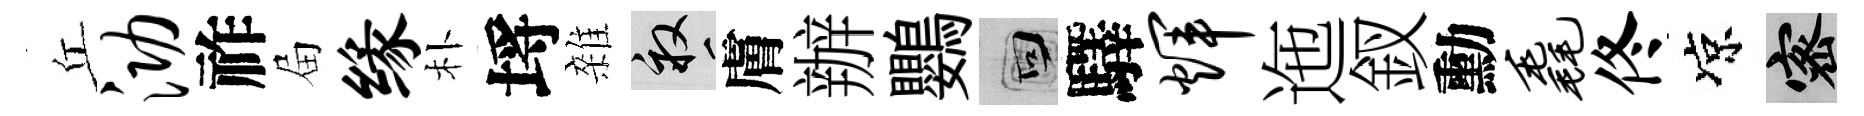
丘泐祚屇缘朴埓雜畝膚辦鸚回驛辉迤釵勳毳佟凉密